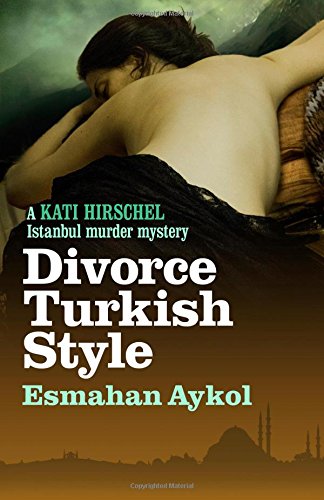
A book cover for Divorce Turkish Style (Kati Hirschel Murder Mystery); Esmahan Aykol; Literature & Fiction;